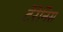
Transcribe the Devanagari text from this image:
टेरेनिस